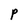
Character: P